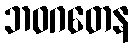
ဘဝဂတေန